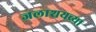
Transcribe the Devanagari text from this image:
जलाशयच्या